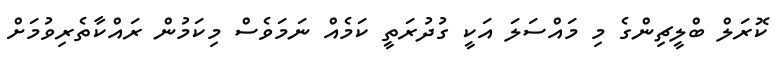
ކޮރަލް ބްލީޗިންގެ މި މައްސަލަ އަކީ ގުދުރަތީ ކަމެއް ނަމަވެސް މިކަމުން ރައްކާތެރިވުމަށް